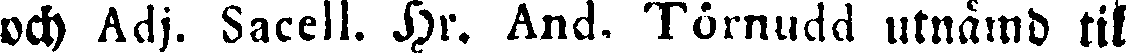
och Sacell. Hr. And Törnudd utnämd til